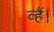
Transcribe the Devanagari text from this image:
व्हैं।